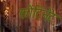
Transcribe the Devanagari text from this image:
कोंटिनेंट